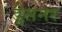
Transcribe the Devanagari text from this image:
ड्रेसनर